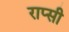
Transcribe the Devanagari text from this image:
राप्सी